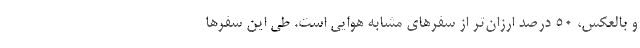
و بالعکس، ۵۰ درصد ارزان‌تر از سفرهای مشابه هوایی است. طی این سفرها